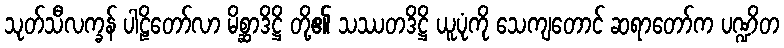
သုတ်သီလက္ခန် ပါဠိတော်လာ မိစ္ဆာဒိဋ္ဌိ တို့၏ သဿတဒိဋ္ဌိ ယူပုံကို သေကျတောင် ဆရာတော်က ပဏ္ဍိတ